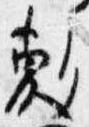
敷